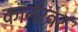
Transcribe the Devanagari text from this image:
कार्नरवर